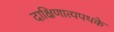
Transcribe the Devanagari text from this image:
दाक्षिणात्यपथके